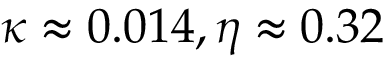
\kappa \approx 0 . 0 1 4 , \eta \approx 0 . 3 2